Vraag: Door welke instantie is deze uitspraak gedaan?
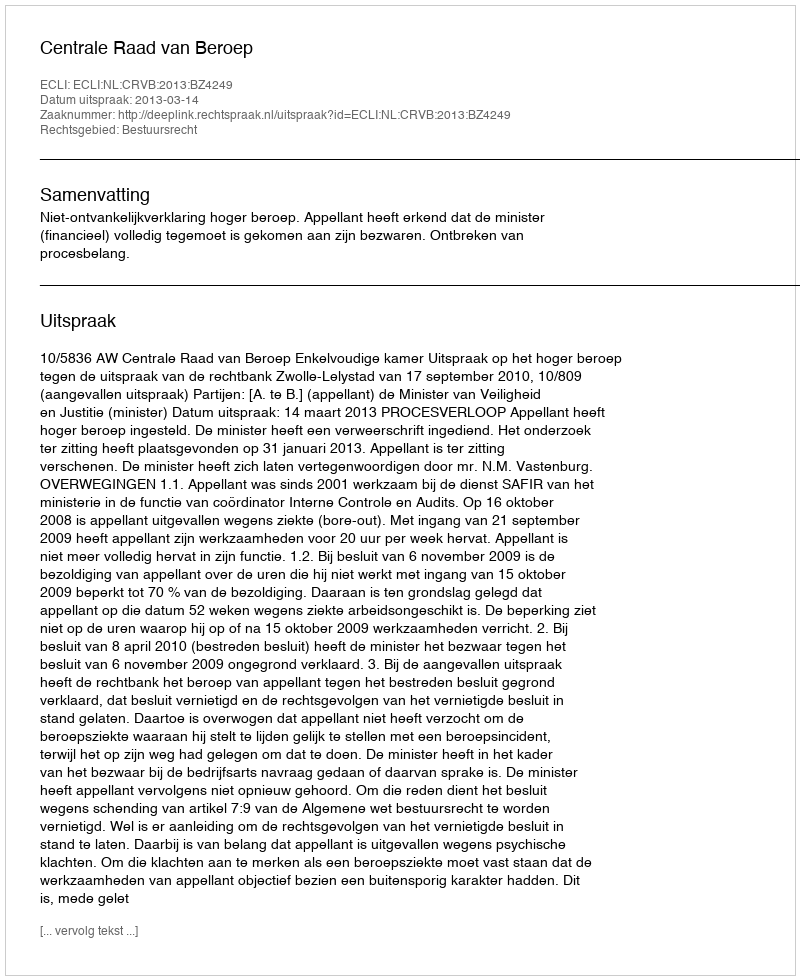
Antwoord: Centrale Raad van Beroep